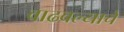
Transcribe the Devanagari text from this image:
वाढवल्याचे